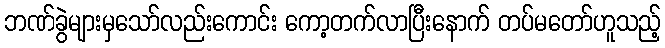
ဘဏ်ခွဲများမှသော်လည်းကောင်း ကော့တက်လာပြီးနောက် တပ်မတော်ဟူသည့်